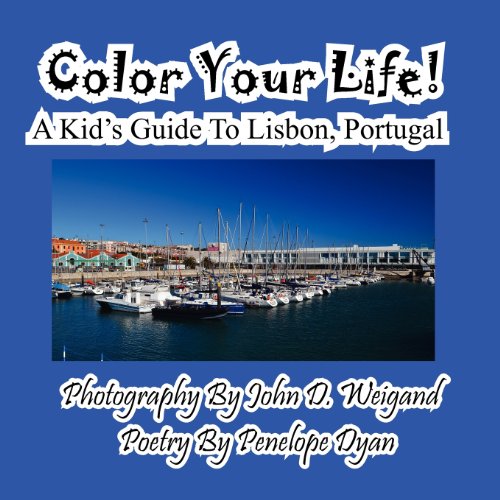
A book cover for Color Your Life! A Kid's Guide To Lisbon, Portugal; Penelope Dyan; Children's Books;